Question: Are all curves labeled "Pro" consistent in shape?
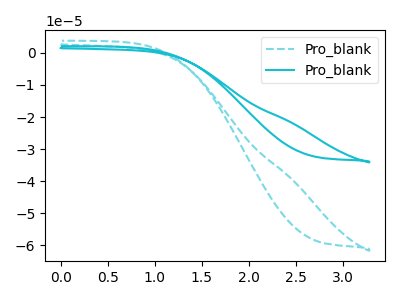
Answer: <think>The cyan dashed curve "Pro_blank1" has no peaks. The cyan curve "Pro_blank2" has no peaks.
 Neither "Pro_blank1" or "Pro_blank2" have any peaks.</think>
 <answer>All the CV's of "Pro" have similar shape.</answer>
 <eval>follow_rule</eval>